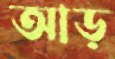
আড়